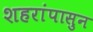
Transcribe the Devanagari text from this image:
शहरांपासुन